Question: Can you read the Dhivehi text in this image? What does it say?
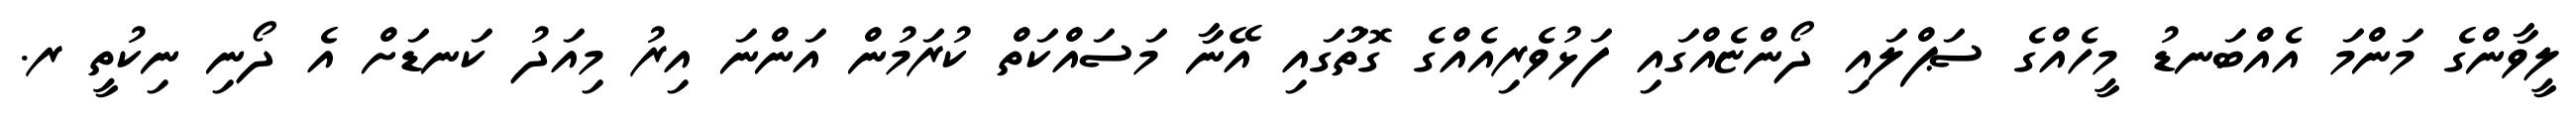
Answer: ލީވާންގެ މަންމަ އެއްބަނޑު މީހެއްގެ ސަޕްލައި ދޯންޏެއްގައި ފަޅުވެރިއެއްގެ ގޮތަުގައި އޭނާ މަސައްކަތް ކުރަމުން އަންނަ އިރު މިއަދު ކަނޑަށް އެ ދޯނި ނިކުތީ ރ.